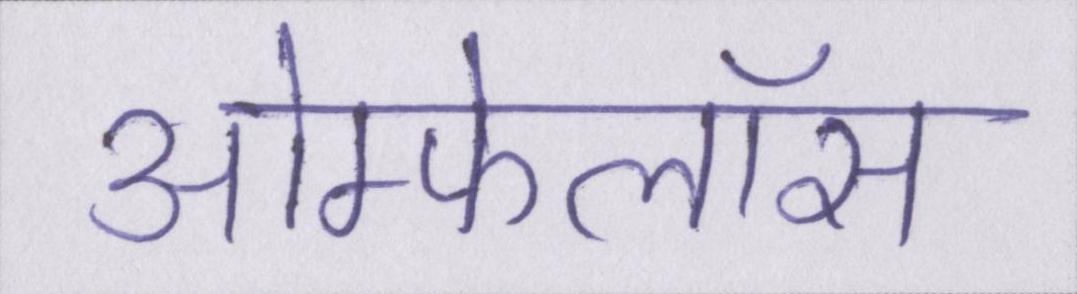
ओम्फेलॉस